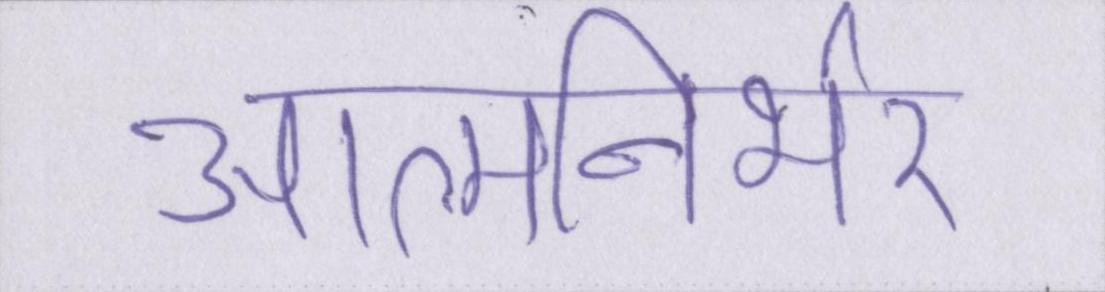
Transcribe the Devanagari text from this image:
आत्मनिर्भर